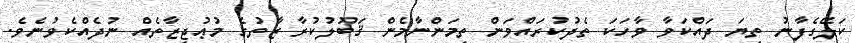
ކަލޭގެފާނު ތިޔަ ދައްކަވާ ވާހަކަ ތެދުކުރައްވަން ތިމަންނާމެން ޤަބޫލުކުރާ ޒާތުގެ މުޢުޖިޒާތެއް ނުދެއްކެވުނެވެ.